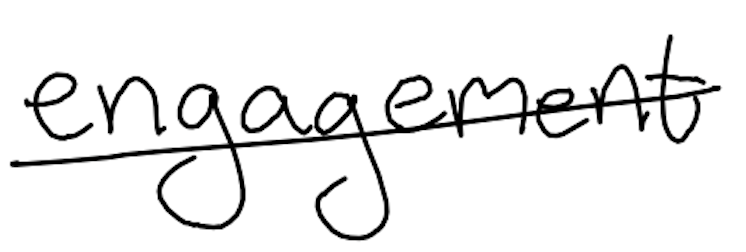
Text: engagement
Cross-out: single-line
Writing tool: digital_black